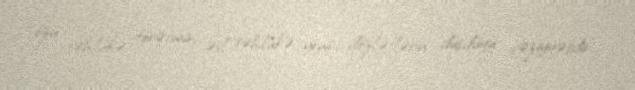
özü təhlükə törətmir, əsl təhlükə yeni dözlətlərin düşdüyü vəziyyətdir.